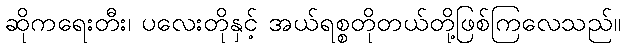
ဆိုကရေးတီး၊ ပလေးတိုနှင့် အယ်ရစ္စတိုတယ်တို့ဖြစ်ကြလေသည်။